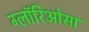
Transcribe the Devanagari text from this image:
ग्लॉरिओसा